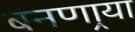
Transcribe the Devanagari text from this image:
बनणार्‍या